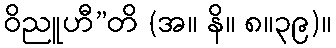
ဝိညူဟီ”တိ (အ။ နိ။ ၈။၃၉)။